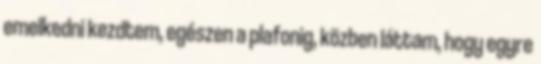
emelkedni kezdtem, egészen a plafonig, közben láttam, hogy egyre